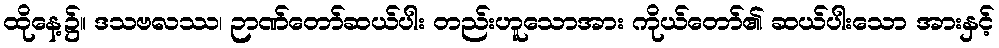
ထိုနေ့၌။ ဒသဗလဿ၊ ဉာဏ်တော်ဆယ်ပါး တည်းဟူသောအား ကိုယ်တော်၏ ဆယ်ပါးသော အားနှင့်